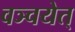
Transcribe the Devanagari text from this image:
वञ्चयेत्